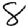
Digit: 8